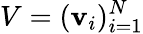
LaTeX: V=(\mathbf{v}_{i})_{i=1}^{N}